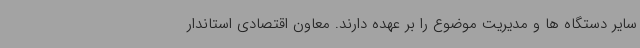
سایر دستگاه ها و مدیریت موضوع را بر عهده دارند. معاون اقتصادی استاندار